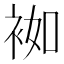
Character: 袽